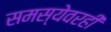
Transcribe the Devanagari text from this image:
समस्येवरही